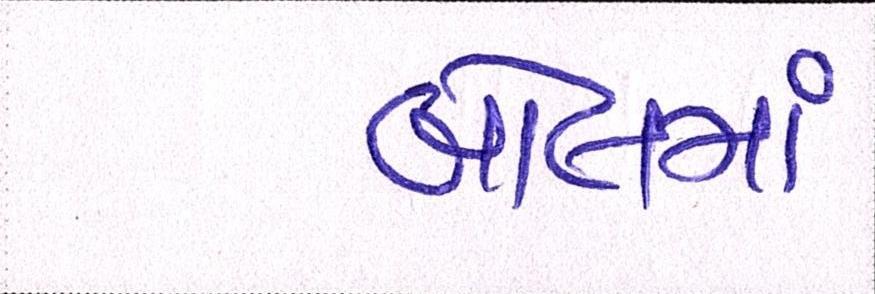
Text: બોલમાં